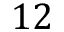
1 2